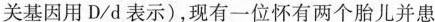
关基因用D/d表示)，现有一位怀有两个胎儿并患